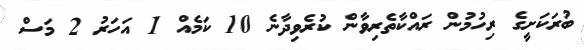
ބުރަކަށީގެ ރިހުމުން ރައްކާތެރިވާން ކުރެވިދާނެ 10 ކަމެއް 1 އަހަރު 2 މަސް